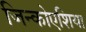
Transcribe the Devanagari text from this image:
जिन्कोएशिया